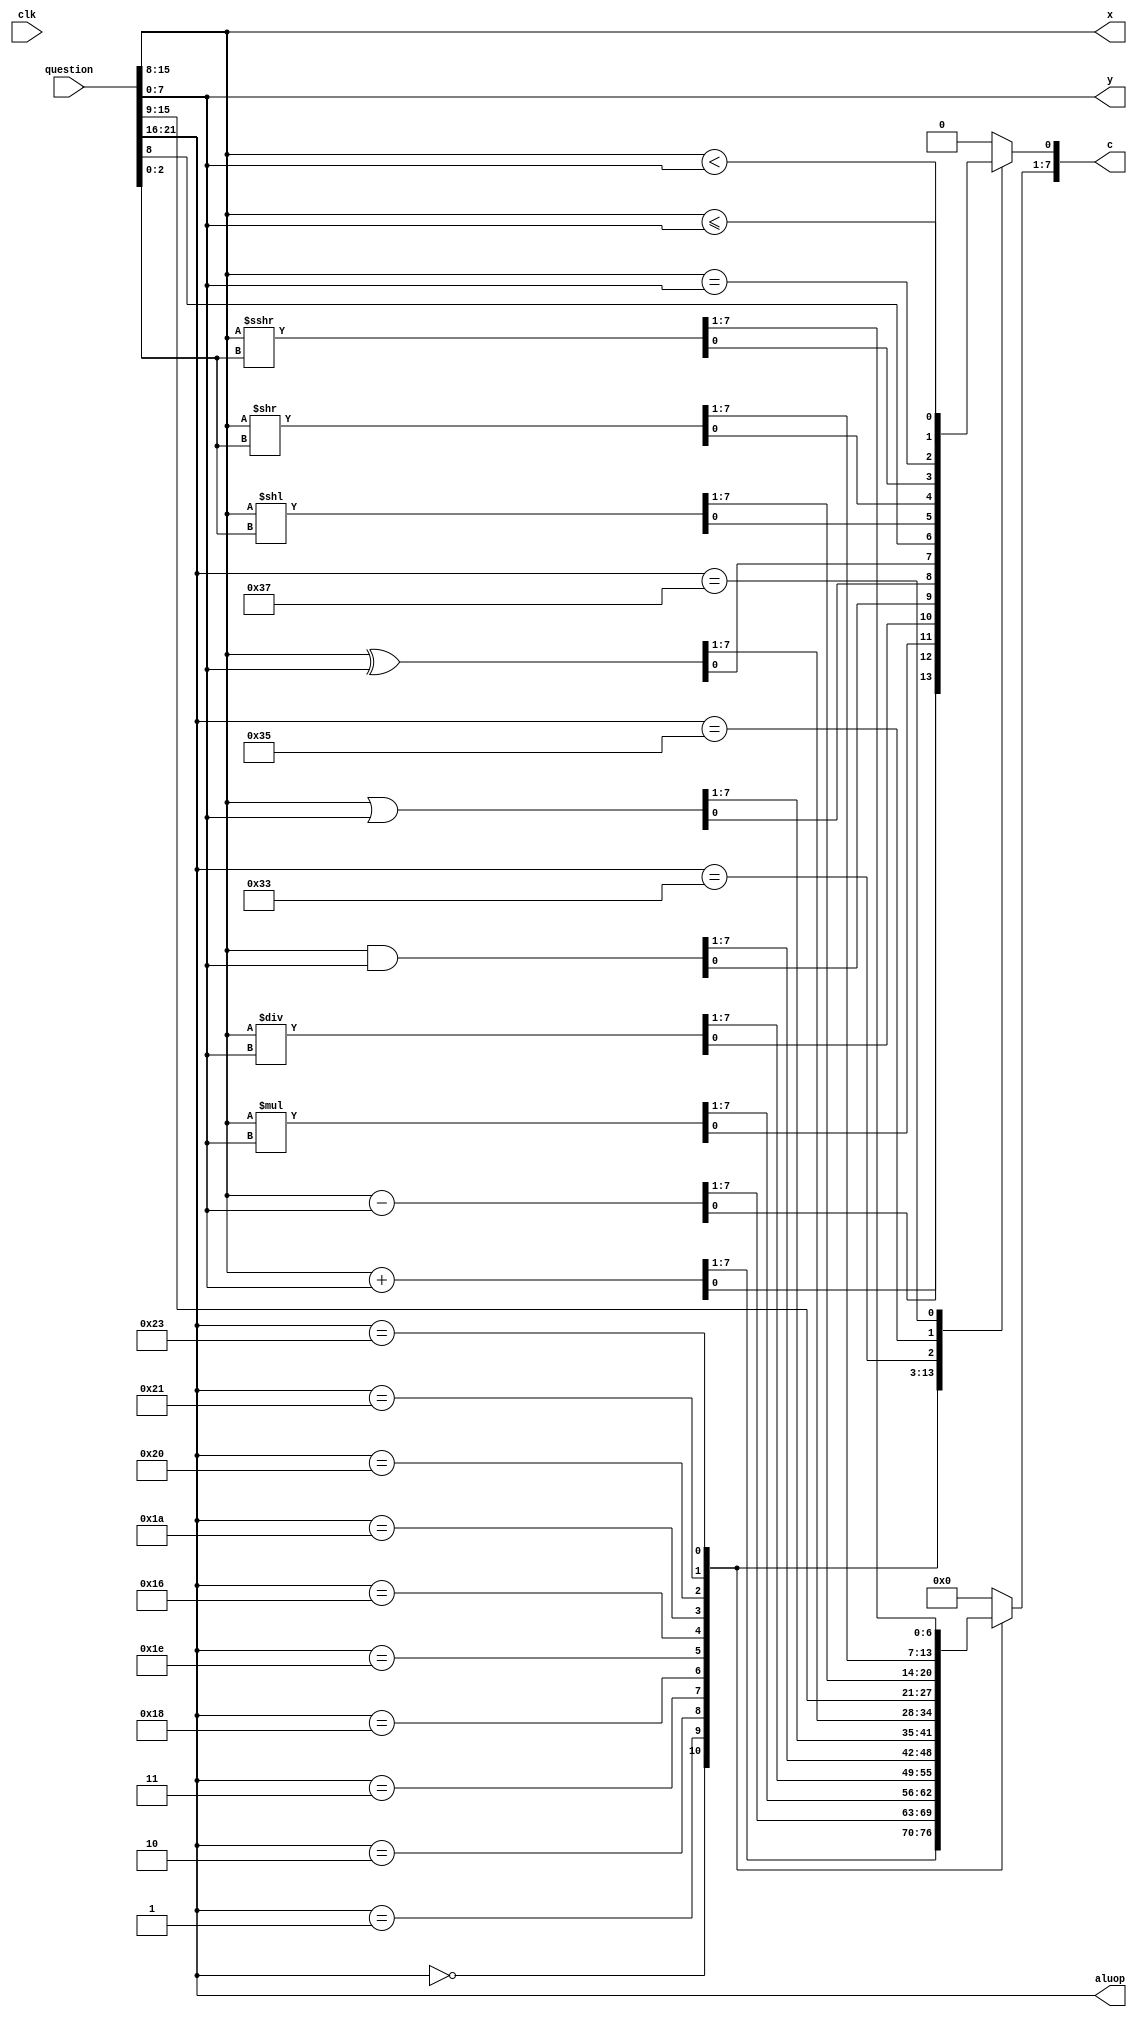
/*
   This file was generated automatically by the Mojo IDE version B1.3.6.
   Do not edit this file directly. Instead edit the original Lucid source.
   This is a temporary file and any changes made to it will be destroyed.
*/

module alu_2 (
    input clk,
    input [21:0] question,
    output reg [5:0] aluop,
    output reg [7:0] c,
    output reg [7:0] x,
    output reg [7:0] y
  );
  
  
  
  reg [7:0] a;
  
  reg [7:0] b;
  
  reg [5:0] alufn;
  
  reg [2:0] shift;
  
  always @* begin
    alufn = question[16+5-:6];
    aluop = alufn;
    a = question[8+7-:8];
    b = question[0+7-:8];
    x = a;
    y = b;
    
    case (alufn)
      6'h00: begin
        c = a + b;
      end
      6'h01: begin
        c = a - b;
      end
      6'h02: begin
        c = a * b;
      end
      6'h03: begin
        c = a / b;
      end
      6'h18: begin
        c = a & b;
      end
      6'h1e: begin
        c = a | b;
      end
      6'h16: begin
        c = a ^ b;
      end
      6'h1a: begin
        c = a;
      end
      6'h20: begin
        shift = b[0+2-:3];
        c = a << shift;
      end
      6'h21: begin
        shift = b[0+2-:3];
        c = a >> shift;
      end
      6'h23: begin
        shift = b[0+2-:3];
        c = $signed(a) >>> shift;
      end
      6'h33: begin
        c[0+0-:1] = (a == b);
        c[1+6-:7] = 7'h00;
      end
      6'h35: begin
        c[0+0-:1] = (a < b);
        c[1+6-:7] = 7'h00;
      end
      6'h37: begin
        c[0+0-:1] = (a <= b);
        c[1+6-:7] = 7'h00;
      end
      default: begin
        c = 8'h00;
      end
    endcase
  end
endmodule